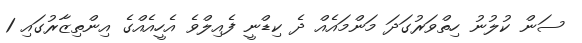
ސަން ކުލުނު ހިތްވަރުގަދަ މަންމައެއް ދެ ކިޑްނީ ފެއިލްވެ އެހީއެއްގެ އިންތިޒާރުގައި 1